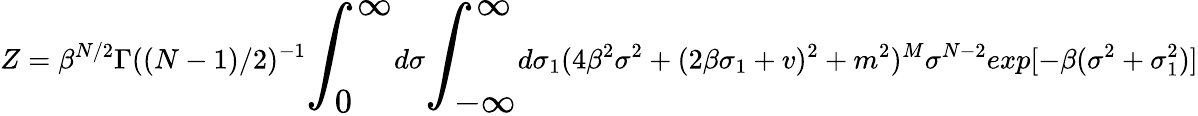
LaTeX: Z=\beta^{N/2}\Gamma((N-1)/2)^{-1}{\LARGE\int_{0}^{\infty}}d\sigma{\LARGE\int_{-\infty}^{\infty}}d\sigma_{1}(4\beta^{2}\sigma^{2}+(2\beta\sigma_{1}+v)^{2}+m^{2})^{M}\sigma^{N-2}exp[-\beta(\sigma^{2}+\sigma_{1}^{2})]